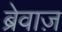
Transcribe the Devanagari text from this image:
ब्रेवाज़